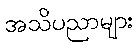
အသိပညာများ